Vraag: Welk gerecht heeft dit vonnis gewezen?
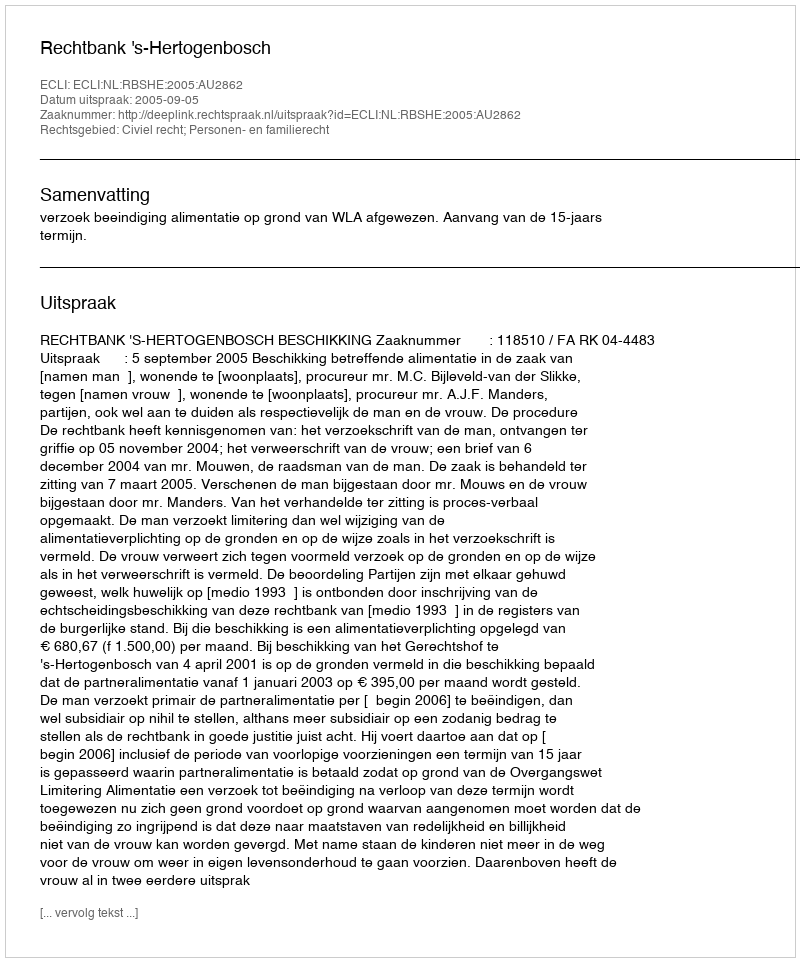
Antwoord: Rechtbank 's-Hertogenbosch